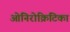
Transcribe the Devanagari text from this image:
ओनिरोक्रिटिका